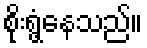
စိုးရွံ့နေသည်။